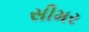
સીમર